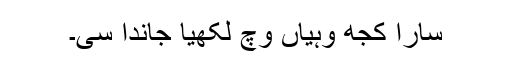
سارا کُجھ وہیاں وچ لکھیا جاندا سی۔